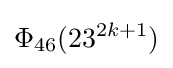
\Phi _{46}(23^{2k+1})